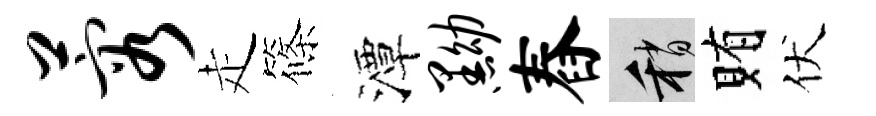
蓉走篠潭黝舂稍賄伏